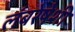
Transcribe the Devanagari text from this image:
लंबरेषेशी